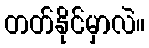
တတ်နိုင်မှာလဲ။